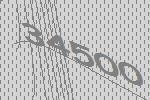
34500